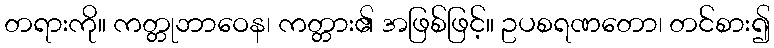
တရားကို။ ကတ္တုဘာဝေန၊ ကတ္တား၏ အဖြစ်ဖြင့်။ ဥပစရဏတော၊ တင်စား၍